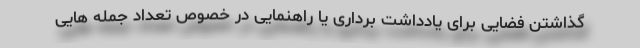
گذاشتن فضایی برای یادداشت برداری یا راهنمایی در خصوص تعداد جمله هایی